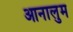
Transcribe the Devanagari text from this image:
आनालुम